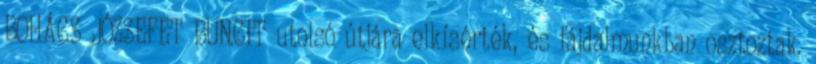
BOHÁCS JÓZSEFET BUNCIT utolsó útjára elkísérték, és fájdalmunkban osztoztak.